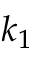
k _ { 1 }